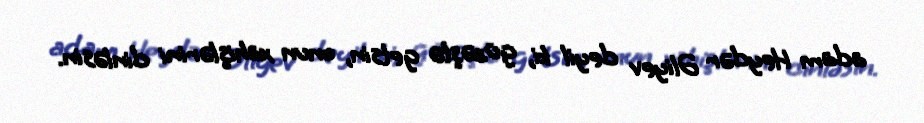
adam Heydər Əliyev deyil ki, güzəştə getsin, onun xahişlərini dinləsin.